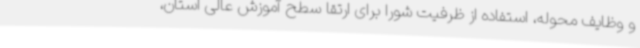
و وظایف محوله، استفاده از ظرفیت شورا برای ارتقا سطح آموزش عالی استان،